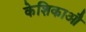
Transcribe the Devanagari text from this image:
केशिकाऔ